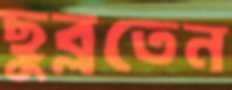
ছুব্‌লতেন